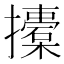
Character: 𢸨